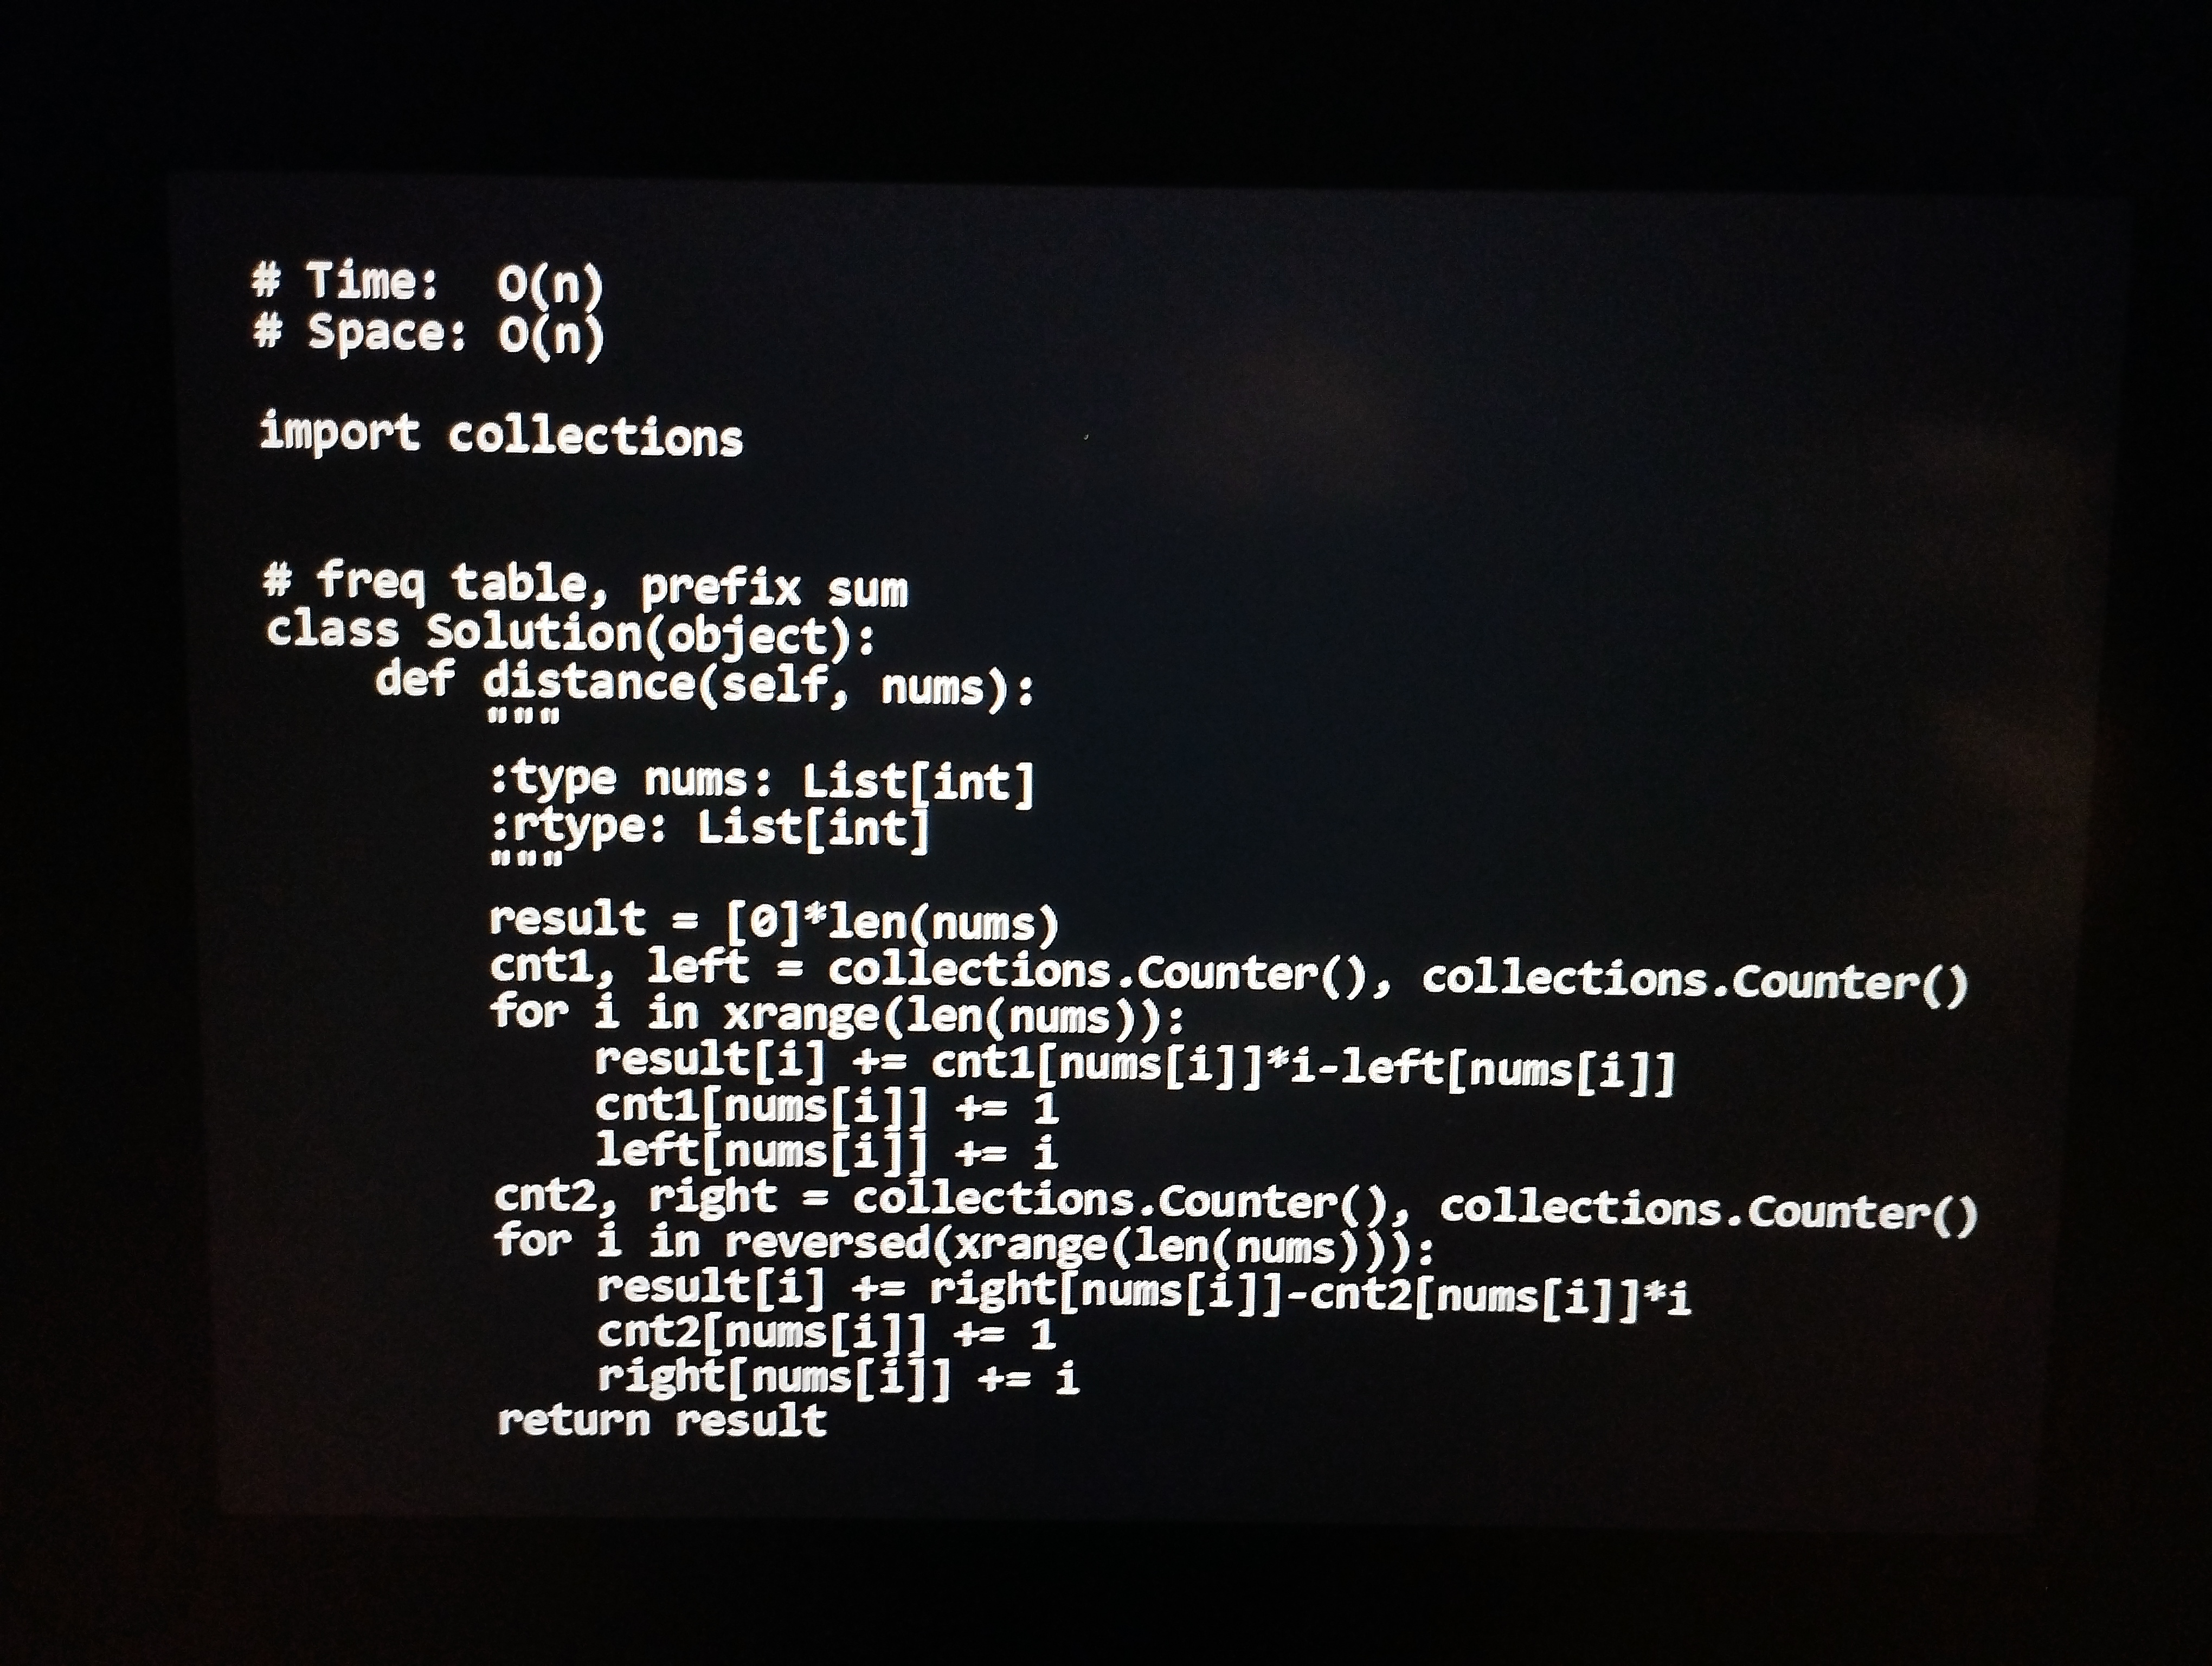
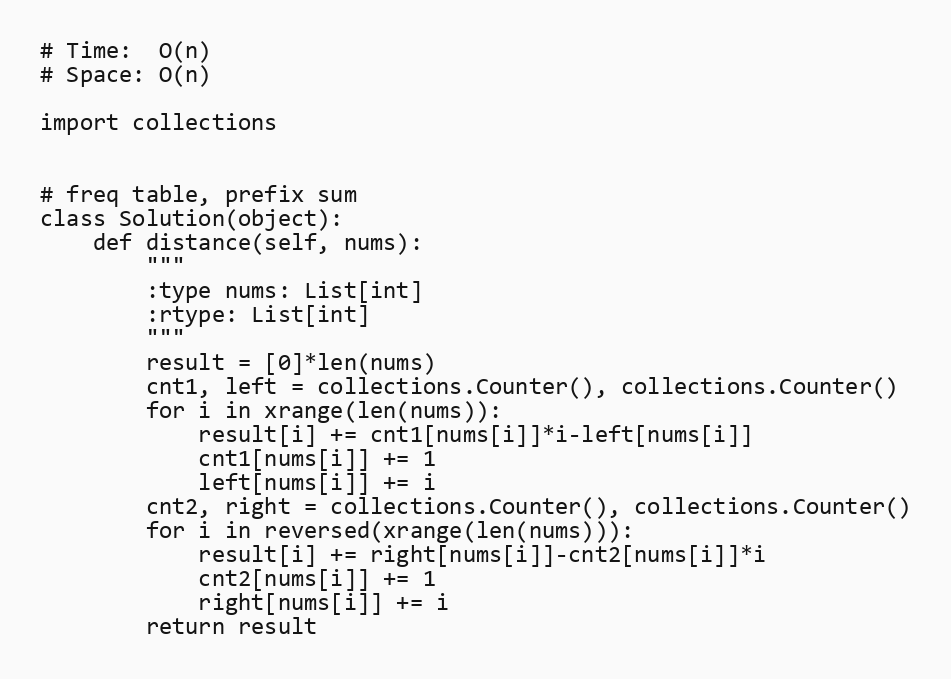
# Time:  O(n)
# Space: O(n)

import collections

# freq table, prefix sum
class Solution(object):
    def distance(self, nums):
        """
        :type nums: List[int]
        :rtype: List[int]
        """
        result = [0]*len(nums)
        cnt1, left = collections.Counter(), collections.Counter()
        for i in xrange(len(nums)):
            result[i] += cnt1[nums[i]]*i-left[nums[i]]
            cnt1[nums[i]] += 1
            left[nums[i]] += i
        cnt2, right = collections.Counter(), collections.Counter()
        for i in reversed(xrange(len(nums))):
            result[i] += right[nums[i]]-cnt2[nums[i]]*i
            cnt2[nums[i]] += 1
            right[nums[i]] += i
        return result